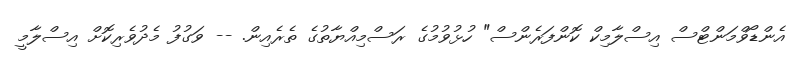
އެންޑޯވްމަންޓްސް އިސްލާމިކް ކޮންފަރެންސް" ހުޅުވުމުގެ ރަސްމިއްޔާތުގެ ތެރެއިން. -- ވަގުފު މެދުވެރިކޮށް އިސްލާމީ